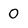
Character: 0